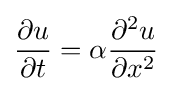
{\frac {\partial u}{\partial t}}=\alpha {\frac {\partial ^{2}u}{\partial x^{2}}}